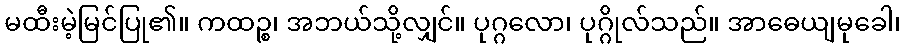
မထီးမဲ့မြင်ပြု၏။ ကထဉ္စ၊ အဘယ်သို့လျှင်။ ပုဂ္ဂလော၊ ပုဂ္ဂိုလ်သည်။ အာဓေယျမုခေါ၊